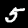
Digit: 5